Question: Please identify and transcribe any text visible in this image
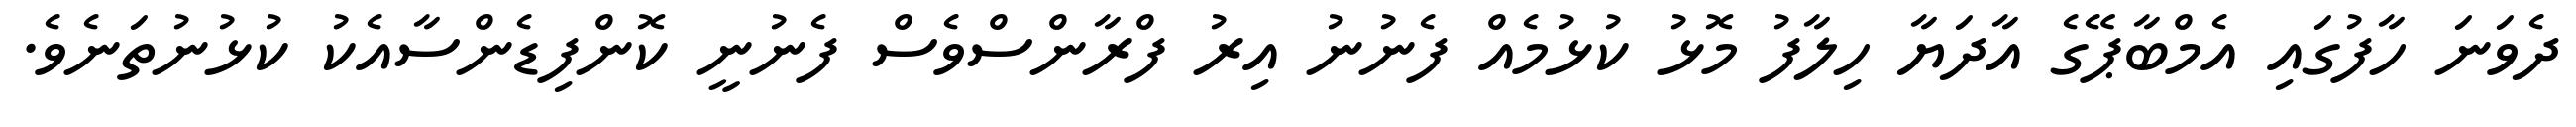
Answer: ދެވަނަ ހާފުގައި އެމްބާޕޭގެ އާދަޔާ ހިލާފު މޮޅު ކުޅުމެއް ފެނުނު އިރު ފްރާންސްވެސް ފެނުނީ ކޮންފިޑެންސާއެކު ކުޅުނުތަނެވެ.